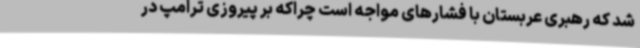
شد که رهبری عربستان با فشارهای مواجه است چراکه بر پیروزی ترامپ در